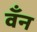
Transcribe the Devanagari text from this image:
वँन